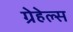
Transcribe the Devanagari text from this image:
ग्रेहेल्स